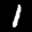
Label: 1